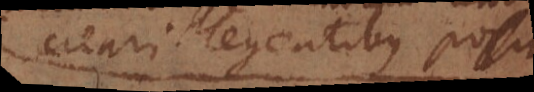
creari legentibus possit.